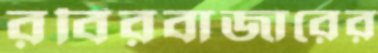
রবিরবাজারের